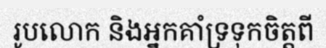
រូបលោក និងអ្នកគាំទ្រទុកចិត្តពី